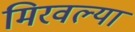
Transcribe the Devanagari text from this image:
मिरवल्या